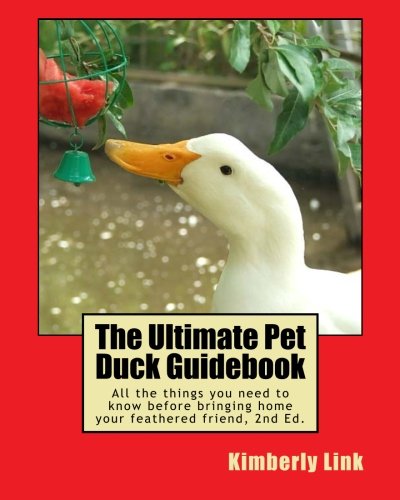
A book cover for The Ultimate Pet Duck Guidebook: All the things you need to know before bringing home your feathered friend.; Kimberly Link; Crafts, Hobbies & Home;